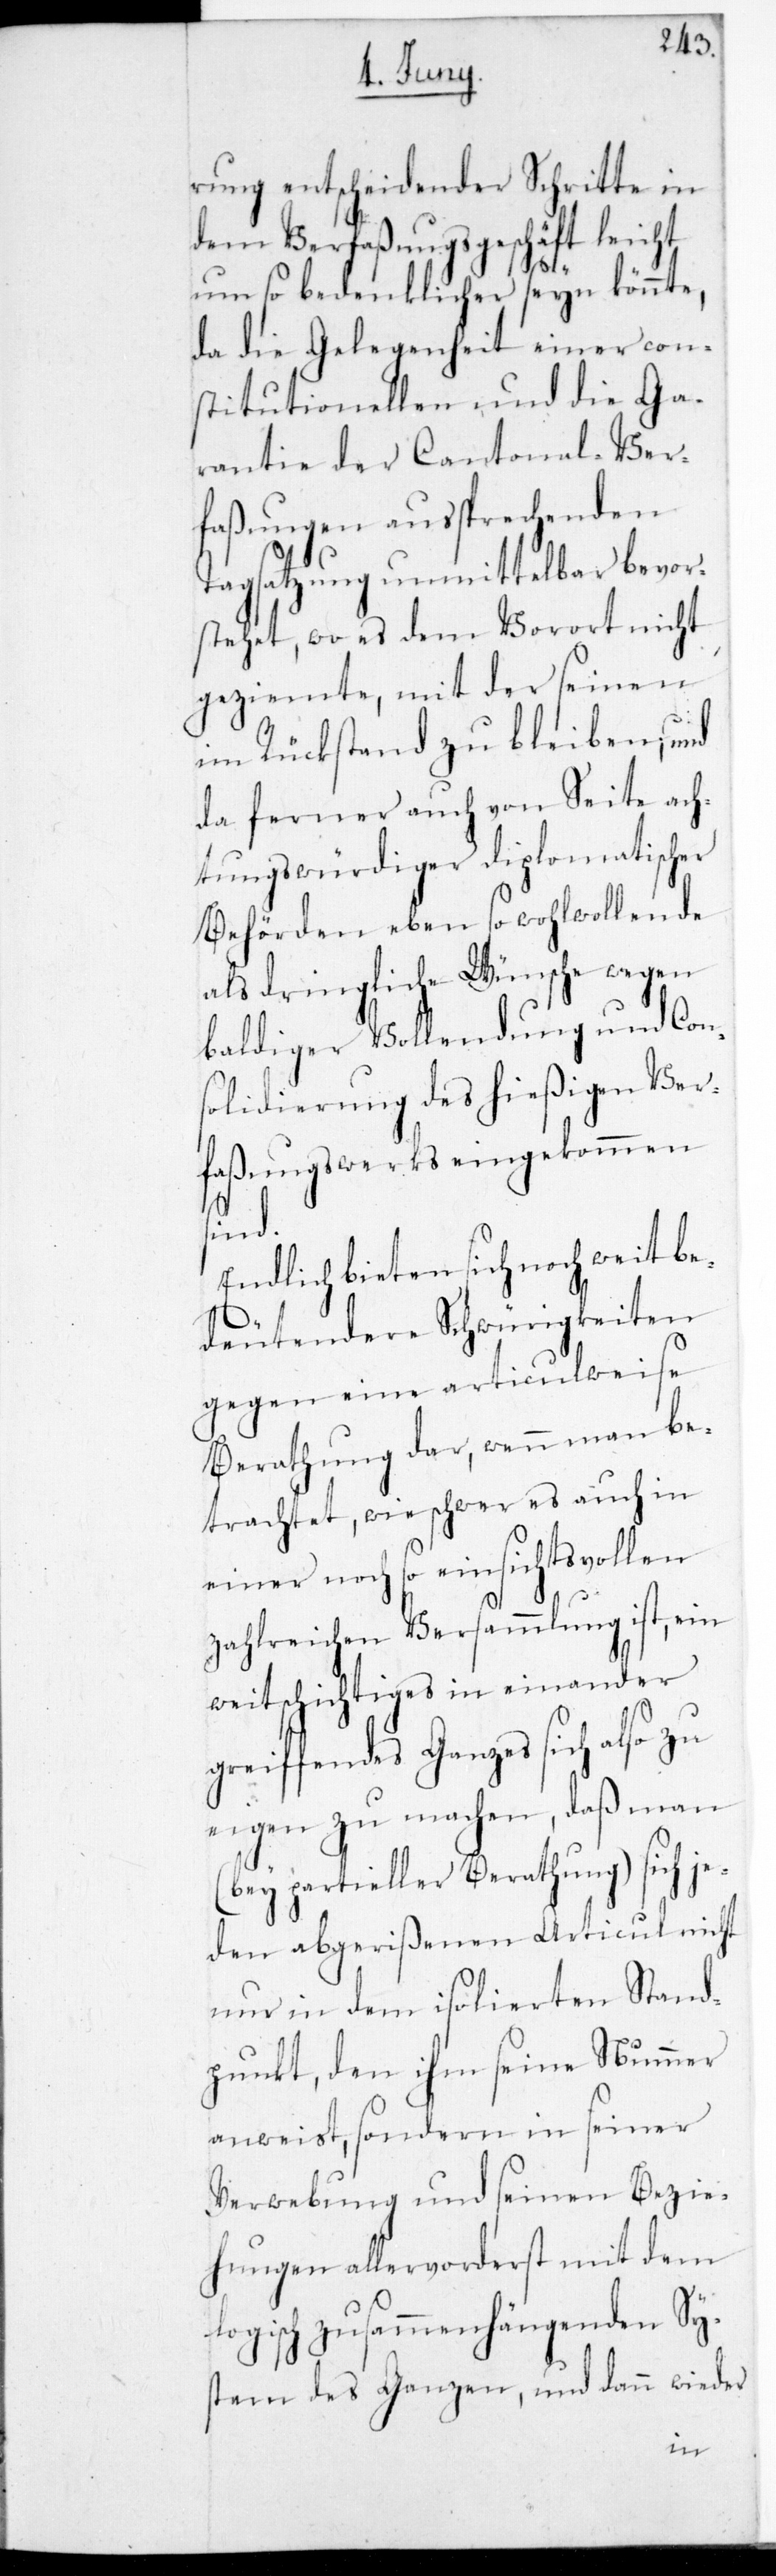
rung entscheidender Sch¬
ritte
dem Verfaßungsgeschäft leicht
um so bedenklicher seyn könnte,
da die Gelegenheit einer con¬
stitutionellen und die Ga¬
rantie der Cantonal-Ver¬
faßungen außprechende
Tagsatzung unmittelbar bevor¬
stehet, wo es dem Vorort nicht
geziemte, mit der seinen
im Rückstand zu bleiben, und
da ferner auch von Seite ach¬
tungswürdiger diplomatischer
Behörden ebenso wohlwollende
als dringliche wünsche wegen
baldiger Vollendung und Con¬
solidierung des hießigen Ver¬
faßungswerks eingekommen
sind.
Endlich bieten sich noch weit be¬
deutendere Schwürigkeiten
gegen eine articulweise
Berathung dar, wenn man be¬
trachtet, wie schwer es auch in
einer noch so einsichtsvollen
zahlreichen Versammlung ist, ein
weitschichtiges ineinander
greifendes Ganzes sich also
Eigen zu machen, daß man
(bey partieller Berathung) sich je¬
den abgerißenen Articul nicht
nur in dem isolierten Stand¬
punkt, den ihm seine Nummer
anweist, sondern in seiner
Verwebung und seinen Bezie¬
hungen allervorderst mit dem
logisch zusammenhängenden Sys¬
tem des Ganzen, und dann wieder
in